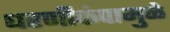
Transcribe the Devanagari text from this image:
धरणीकंपामुळे